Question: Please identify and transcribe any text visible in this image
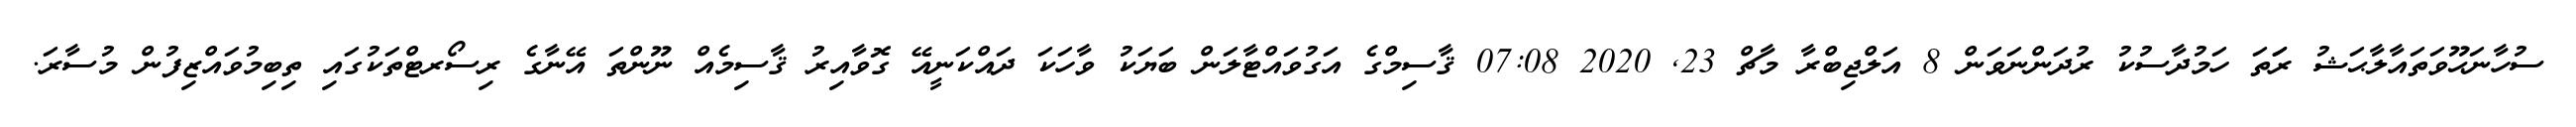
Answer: ސުހާނަޙޫވަތައާލާޙަޝު ރަަތަ ހަމުދާސުކު ރުދަންނަވަން 8 އަލްޖިބްރާ މާޗް 23, 2020 07:08 ޤާސިމްގެ އަގުވައްޓާލަން ބަޔަކު ވާހަކަ ދައްކަނީއޭ ގޮވާއިރު ޤާސިމެއް ނޫންތަ އޭނާގެ ރިސޯރޓްތަކުގައި ތިބިމުވައްޒިފުން މުސާރަ.